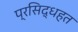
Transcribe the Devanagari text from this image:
प्रसिद्धहत